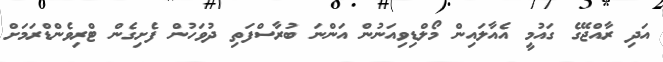
އަދި ރާއްޖޭގެ ގައުމީ އެއާލައިން މޯލްޑިވިއަނުން އަންނަ ބުރާސްފަތި ދުވަހުން ފެށިގެން ޓްރިވެންޑްރަމަަށް